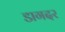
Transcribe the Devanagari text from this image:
डागदर